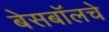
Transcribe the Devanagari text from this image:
बेसबॉलचे